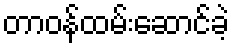
တာဝန်ထမ်းဆောင်ခဲ့